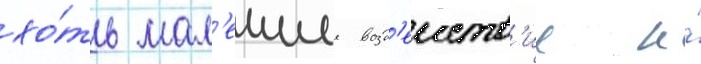
хо́ть мал'еишее возд'еиств'ие и́